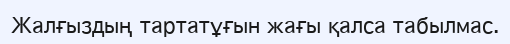
Жалғыздың тартатұғын жағы қалса табылмас.